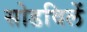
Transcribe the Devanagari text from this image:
सोडविलें